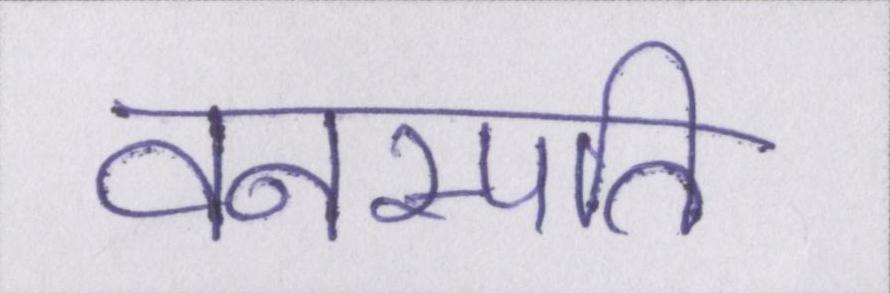
वनस्पति